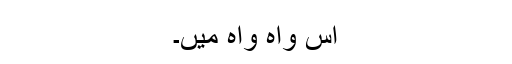
اس واہ واہ میں۔